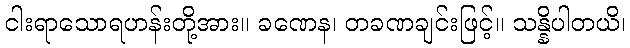
ငါးရာသောရဟန်းတို့အား။ ခဏေန၊ တခဏချင်းဖြင့်။ သန္နိပါတယိ၊